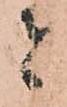
者